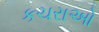
કચરાઓ